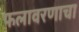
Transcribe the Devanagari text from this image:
फलावरणाचा